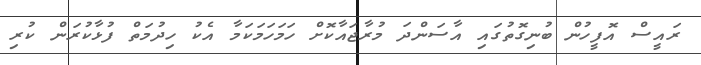
ރައީސް އޮފީހުން ބުނިގޮތުގައި އާސަންދަ މުރާޖައާކޮށް ހަމަހަމަކަމާ އެކު ހިދުމަތް ފުޅާކުރަން ކުރި